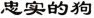
忠实的狗